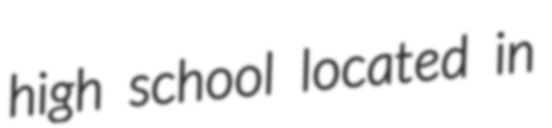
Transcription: high school located in